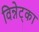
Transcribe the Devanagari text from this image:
विन्नेट्का